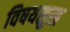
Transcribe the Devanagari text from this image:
विषयसुख